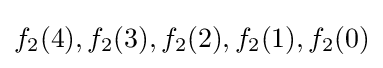
f_{2}(4),f_{2}(3),f_{2}(2),f_{2}(1),f_{2}(0)